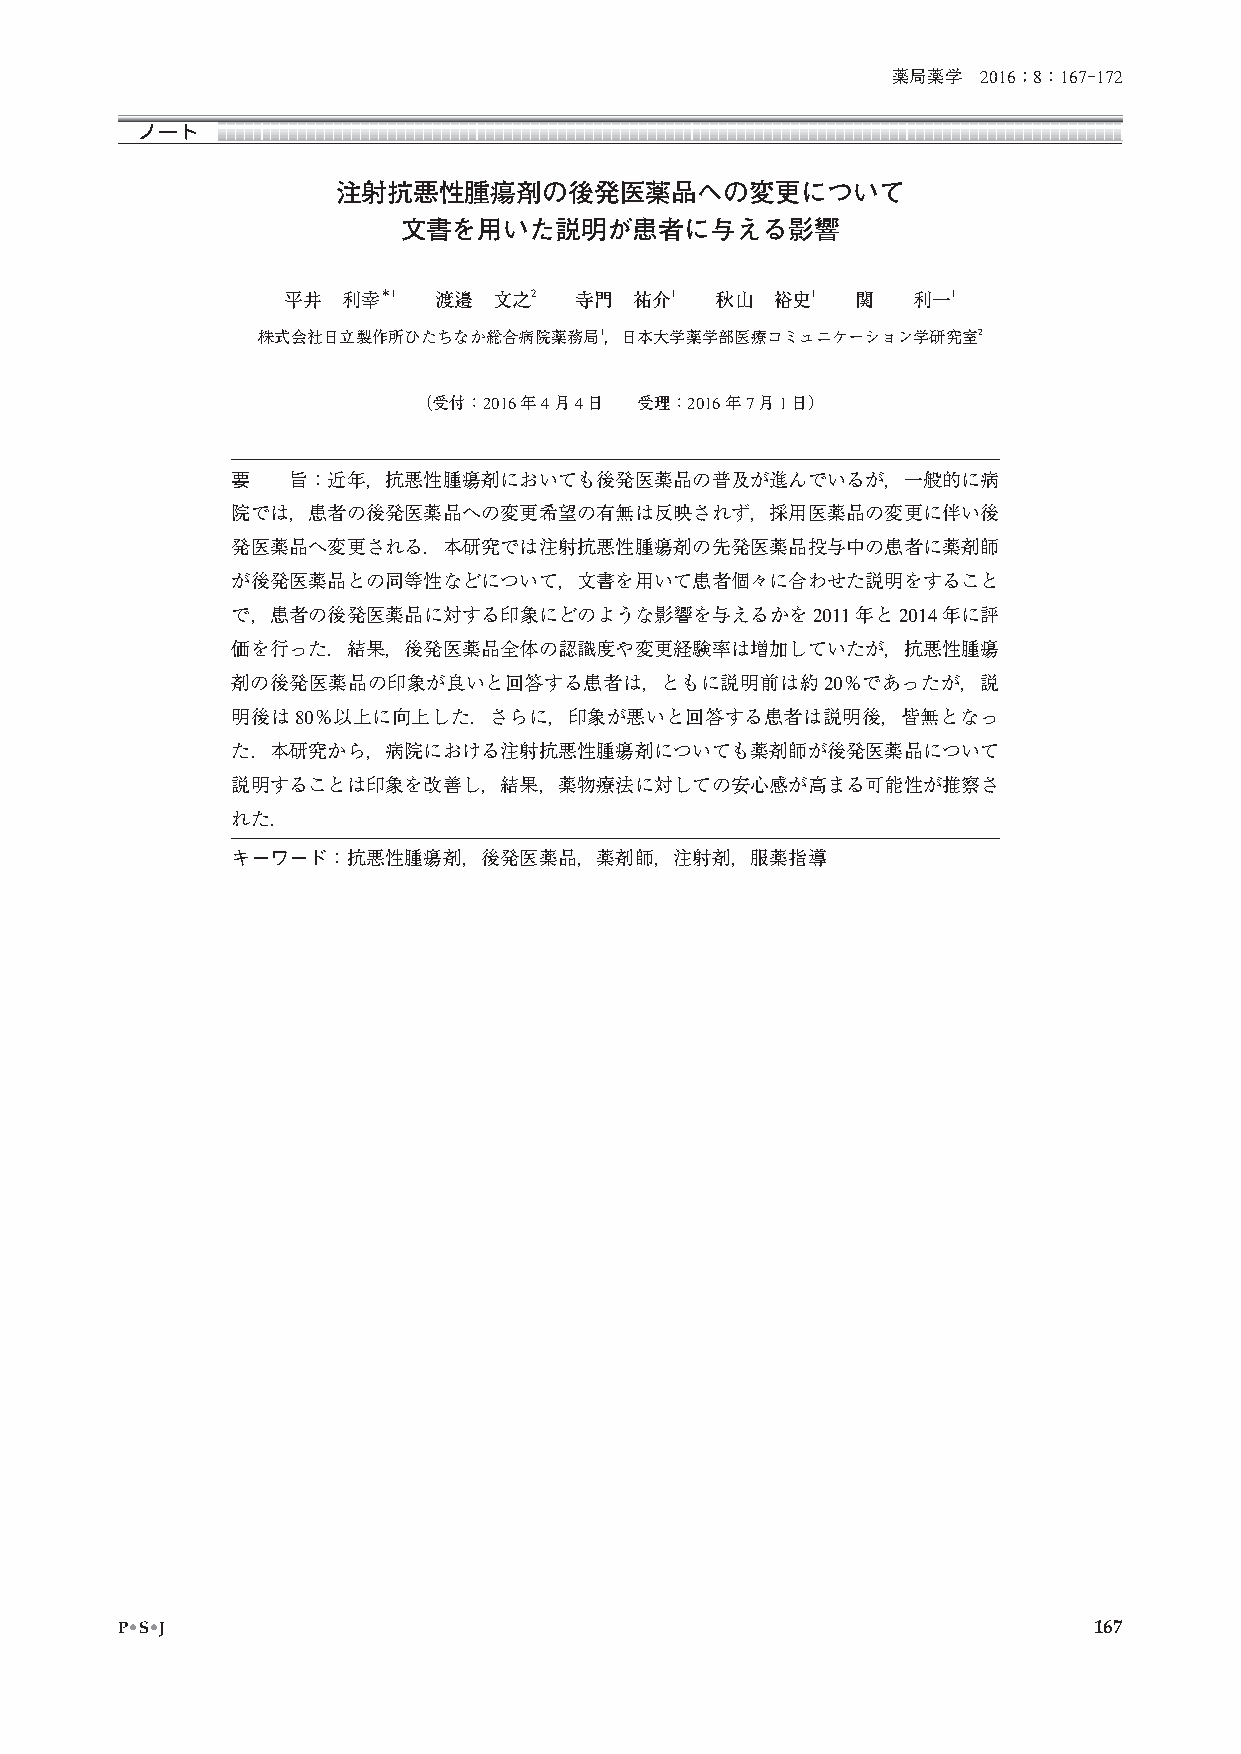
薬局薬学  2016；8：167-172
 ノート
 注射抗悪性腫瘍剤の後発医薬品への変更について
 文書を用いた説明が患者に与える影響
 平井 利幸＊1   渡邉 文之2   寺門  祐介1  秋山  裕史1  関   利一1
 株式会社日立製作所ひたちなか総合病院薬務局1，日本大学薬学部医療コミュニケーション学研究室2
 （受付：2016年4月4日  受理：2016年7月1日）
 要   旨：近年，抗悪性腫瘍剤においても後発医薬品の普及が進んでいるが，一般的に病
 院では，患者の後発医薬品への変更希望の有無は反映されず，採用医薬品の変更に伴い後
 発医薬品へ変更される．本研究では注射抗悪性腫瘍剤の先発医薬品投与中の患者に薬剤師
 が後発医薬品との同等性などについて，文書を用いて患者個々に合わせた説明をすること
 で，患者の後発医薬品に対する印象にどのような影響を与えるかを2011年と2014年に評
 価を行った．結果，後発医薬品全体の認識度や変更経験率は増加していたが，抗悪性腫瘍
 剤の後発医薬品の印象が良いと回答する患者は，ともに説明前は約20％であったが，説
 明後は80％以上に向上した．さらに，印象が悪いと回答する患者は説明後，皆無となっ
 た．本研究から，病院における注射抗悪性腫瘍剤についても薬剤師が後発医薬品について
 説明することは印象を改善し，結果，薬物療法に対しての安心感が高まる可能性が推察さ
 れた．
 キーワード：抗悪性腫瘍剤，後発医薬品，薬剤師，注射剤，服薬指導
 P•S•J                                                           167